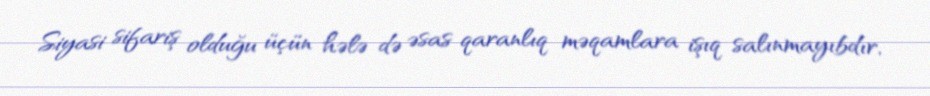
Siyasi sifariş olduğu üçün hələ də əsas qaranlıq məqamlara işıq salınmayıbdır,